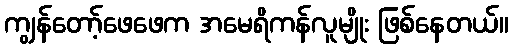
ကျွန်တော့်ဖေဖေက အမေရိကန်လူမျိုး ဖြစ်နေတယ်။